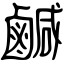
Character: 鹹